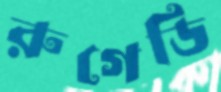
রুগেডি